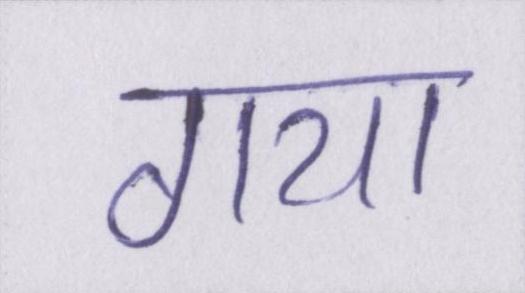
गया